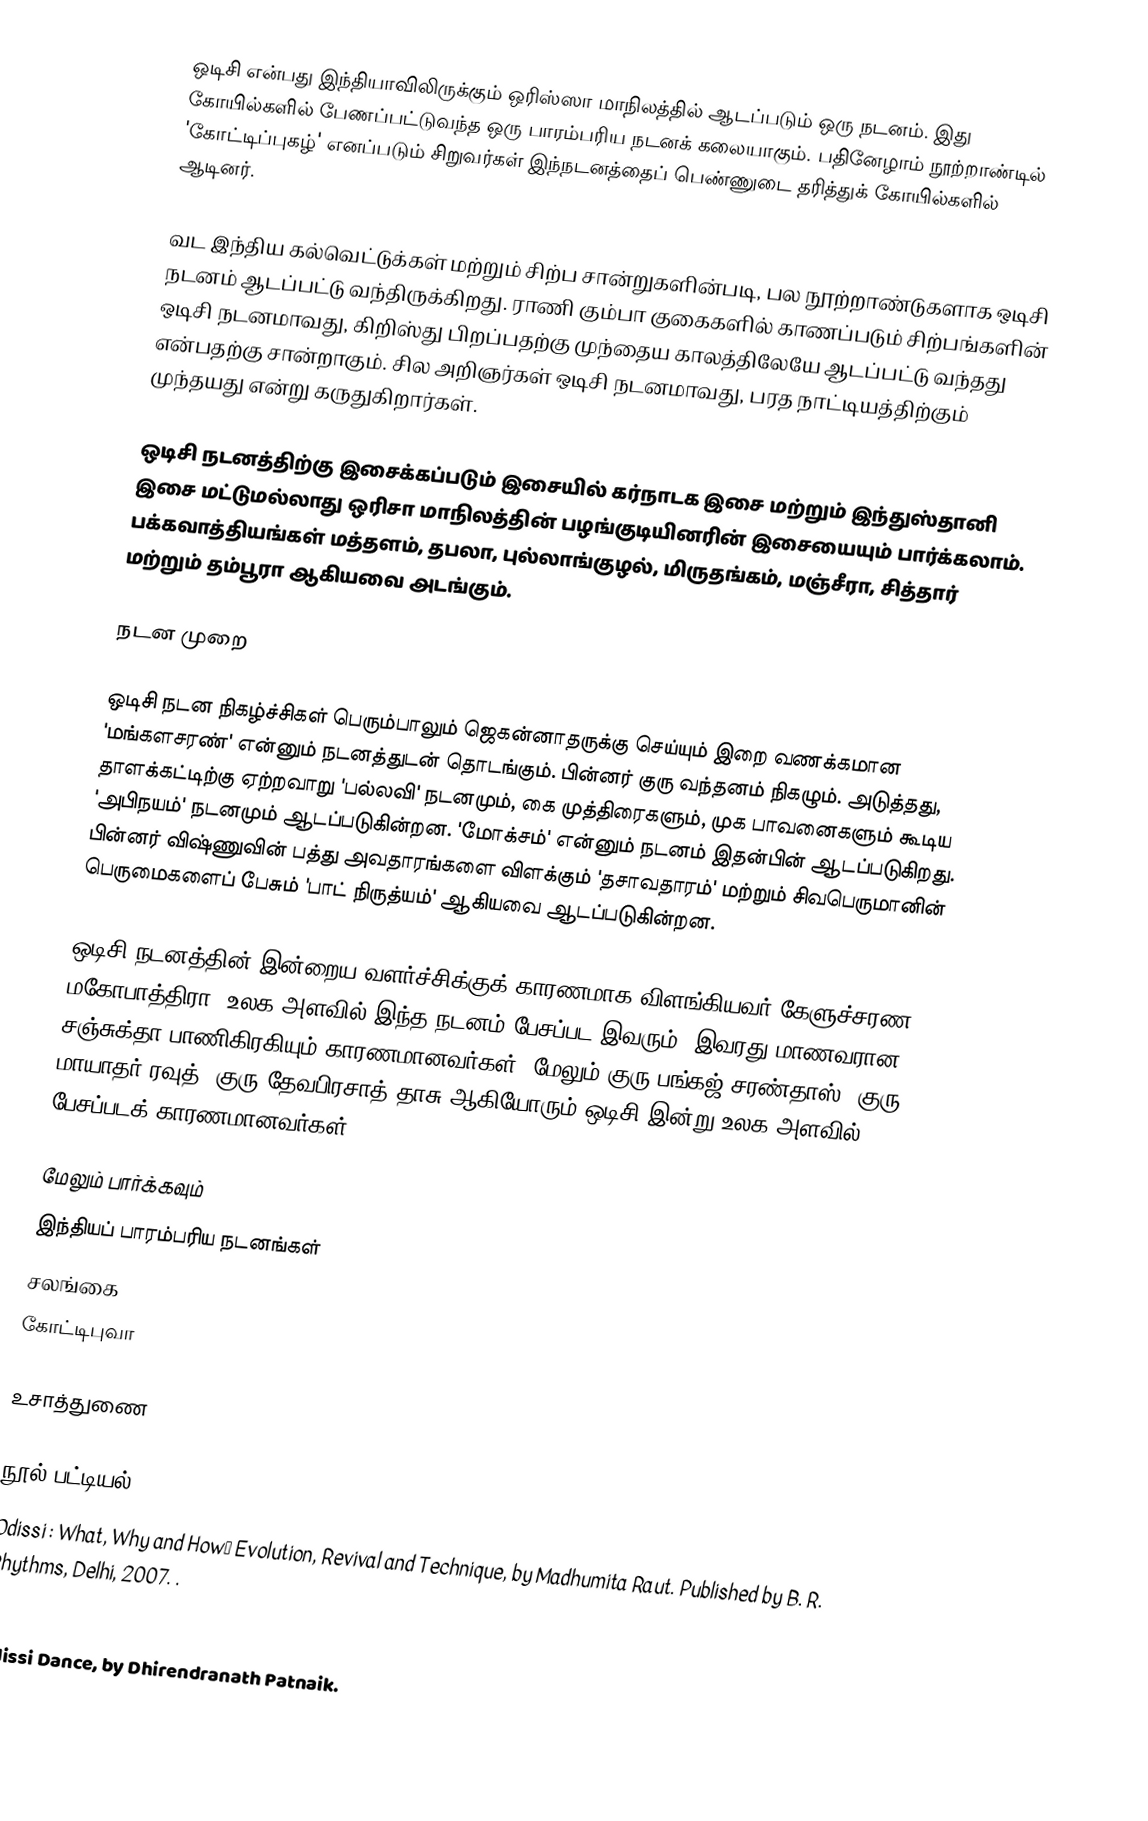
ஒடிசி என்பது இந்தியாவிலிருக்கும் ஒரிஸ்ஸா மாநிலத்தில் ஆடப்படும் ஒரு நடனம். இது கோயில்களில் பேணப்பட்டுவந்த ஒரு பாரம்பரிய நடனக் கலையாகும். பதினேழாம் நூற்றாண்டில் 'கோட்டிப்புகழ்' எனப்படும் சிறுவர்கள் இந்நடனத்தைப் பெண்ணுடை தரித்துக் கோயில்களில் ஆடினர்.

வட இந்திய கல்வெட்டுக்கள் மற்றும் சிற்ப சான்றுகளின்படி, பல நூற்றாண்டுகளாக ஒடிசி நடனம் ஆடப்பட்டு வந்திருக்கிறது. ராணி கும்பா குகைகளில் காணப்படும் சிற்பங்களின் ஒடிசி நடனமாவது, கிறிஸ்து பிறப்பதற்கு முந்தைய காலத்திலேயே ஆடப்பட்டு வந்தது என்பதற்கு சான்றாகும். சில அறிஞர்கள் ஒடிசி நடனமாவது, பரத நாட்டியத்திற்கும் முந்தயது என்று கருதுகிறார்கள்.

ஒடிசி நடனத்திற்கு இசைக்கப்படும் இசையில் கர்நாடக இசை மற்றும் இந்துஸ்தானி இசை மட்டுமல்லாது ஒரிசா மாநிலத்தின் பழங்குடியினரின் இசையையும் பார்க்கலாம். பக்கவாத்தியங்கள் மத்தளம், தபலா, புல்லாங்குழல், மிருதங்கம், மஞ்சீரா, சித்தார் மற்றும் தம்பூரா ஆகியவை அடங்கும்.

நடன முறை

ஒடிசி நடன நிகழ்ச்சிகள் பெரும்பாலும் ஜெகன்னாதருக்கு செய்யும் இறை வணக்கமான 'மங்களசரண்' என்னும் நடனத்துடன் தொடங்கும். பின்னர் குரு வந்தனம் நிகழும். அடுத்தது, தாளக்கட்டிற்கு ஏற்றவாறு 'பல்லவி' நடனமும், கை முத்திரைகளும், முக பாவனைகளும் கூடிய 'அபிநயம்' நடனமும் ஆடப்படுகின்றன. 'மோக்சம்' என்னும் நடனம் இதன்பின் ஆடப்படுகிறது. பின்னர் விஷ்ணுவின் பத்து அவதாரங்களை விளக்கும் 'தசாவதாரம்' மற்றும் சிவபெருமானின் பெருமைகளைப் பேசும் 'பாட் நிருத்யம்' ஆகியவை ஆடப்படுகின்றன.

ஒடிசி நடனத்தின் இன்றைய வளர்ச்சிக்குக் காரணமாக விளங்கியவர் கேளுச்சரண மகோபாத்திரா. உலக அளவில் இந்த நடனம் பேசப்பட இவரும், இவரது மாணவரான சஞ்சுக்தா பாணிகிரகியும் காரணமானவர்கள். மேலும் குரு பங்கஜ் சரண்தாஸ், குரு மாயாதர் ரவுத், குரு தேவபிரசாத் தாசு ஆகியோரும் ஒடிசி இன்று உலக அளவில் பேசப்படக் காரணமானவர்கள்.

மேலும் பார்க்கவும்
இந்தியப் பாரம்பரிய நடனங்கள்
சலங்கை
கோட்டிபுவா

உசாத்துணை

நூல் பட்டியல்
Odissi : What, Why and How… Evolution, Revival and Technique, by Madhumita Raut. Published by B. R. Rhythms, Delhi, 2007. .
Odissi Yaatra: The Journey of Guru Mayadhar Raut, by Aadya Kaktikar (ed. Madhumita Raut). Published by B. R. Rhythms, Delhi, 2010. .
Odissi Dance, by Dhirendranath Patnaik.